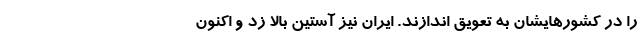
را در کشورهایشان به تعویق اندازند. ایران نیز آستین بالا زد و اکنون